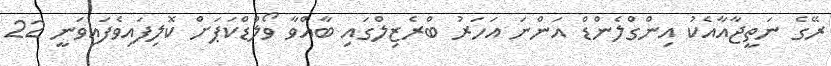
ރޭގެ ނަތީޖާއާއެކު އިންގްލެންޑް އަންނަ އަހަރު ބްރެޒިލްގައި ބާއްވާ ވޯލްޑްކަޕަށް ކޮލިފައިވެފައިވަނީ 22